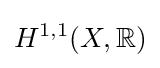
H^{1,1}(X,\mathbb {R} )